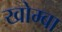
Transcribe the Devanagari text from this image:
खोम्बा